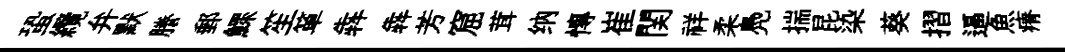
蛩纜弁默謄郵鰥笙箪犇犇芳窟茸纳慱崔関祥柔鳧揣昆染葵摺逼魚瘠